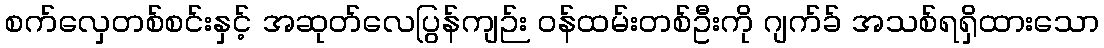
စက်လှေတစ်စင်းနှင့် အဆုတ်လေပြွန်ကျဉ်း ဝန်ထမ်းတစ်ဦးကို ဂျက်ခ် အသစ်ရရှိထားသော